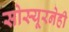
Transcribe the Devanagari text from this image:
सोस्यूरनेही